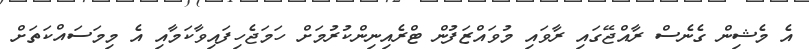
އެ މެޝިން ގެނެސް ރާއްޖޭގައި ރާވައި މުވައްޒަފުން ޓްރެއިނިންކުރުމަށް ހަމަޖެހިފައިވާކަމާއި އެ މިމަސައްކަތަށް